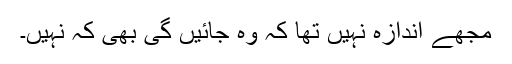
مجھے اندازہ نہیں تھا کہ وہ جائیں گی بھی کہ نہیں۔